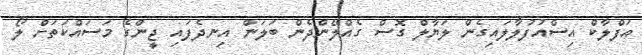
އަފްލާކް އިސްއުފުލާލައިގެން ލަޔާލް ގޮސް ގެއްލޭންދެން ބަލަން އިނދެފައި ޖީންގެ މަސައްކަތަށް ލޯ